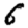
Digit: 6